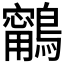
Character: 𪆢